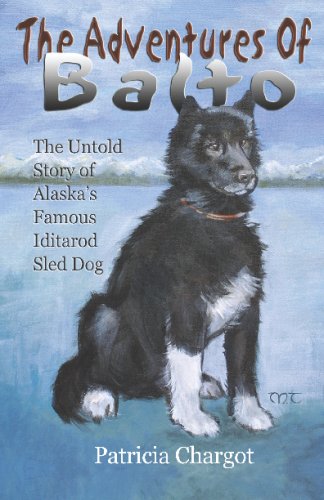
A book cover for The Adventures of Balto: The Untold Story of Alaska's Famous Iditarod Sled Dog; Pat Chargot; Sports & Outdoors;